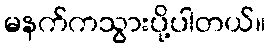
မနက်ကသွားပို့ပါတယ်။